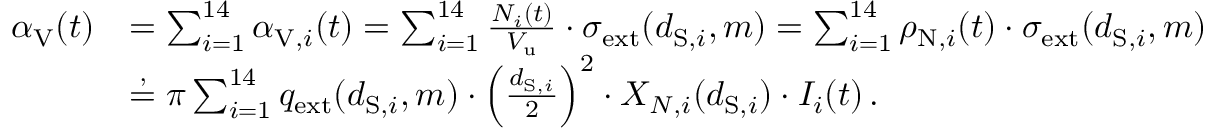
\begin{array} { r l } { \alpha _ { \mathrm { V } } ( t ) } & { = \sum _ { i = 1 } ^ { 1 4 } \alpha _ { \mathrm { V } , i } ( t ) = \sum _ { i = 1 } ^ { 1 4 } \frac { N _ { i } ( t ) } { V _ { \mathrm { u } } } \cdot \sigma _ { \mathrm { e x t } } ( d _ { \mathrm { S } , i } , m ) = \sum _ { i = 1 } ^ { 1 4 } \rho _ { \mathrm { N } , i } ( t ) \cdot \sigma _ { \mathrm { e x t } } ( d _ { \mathrm { S } , i } , m ) } \\ & { \stackrel { , } { = } \pi \sum _ { i = 1 } ^ { 1 4 } q _ { \mathrm { e x t } } ( d _ { \mathrm { S } , i } , m ) \cdot \left( \frac { d _ { \mathrm { S } , i } } { 2 } \right) ^ { 2 } \cdot X _ { N , i } ( d _ { \mathrm { S } , i } ) \cdot I _ { i } ( t ) \, . } \end{array}